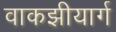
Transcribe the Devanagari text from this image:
वाकझीयार्ग